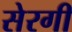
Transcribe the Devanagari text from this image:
सेरगी